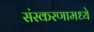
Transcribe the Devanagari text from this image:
संस्करणामध्ये